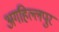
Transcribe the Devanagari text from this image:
अगहिल्लपुर